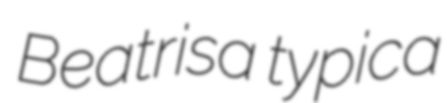
Beatrisa typica